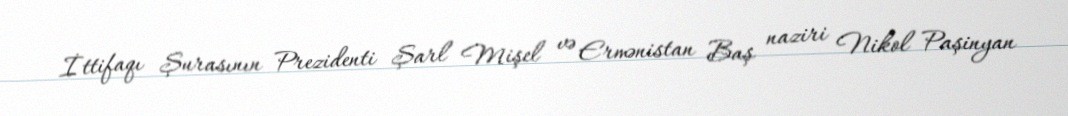
İttifaqı Şurasının Prezidenti Şarl Mişel və Ermənistan Baş naziri Nikol Paşinyan